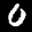
Label: 0